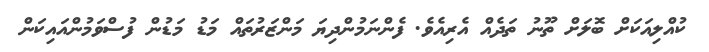
ކުއްލިއަކަށް ބޮލަށް ތޫނު ތަދެއް އެރިއެވެ. ފެންނަމުންދިޔަ މަންޒަރުތައް މަޑު މަޑުން ފުސްވަމުންއައިކަން